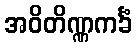
အဝိတိဏ္ဏကင်္ခံ